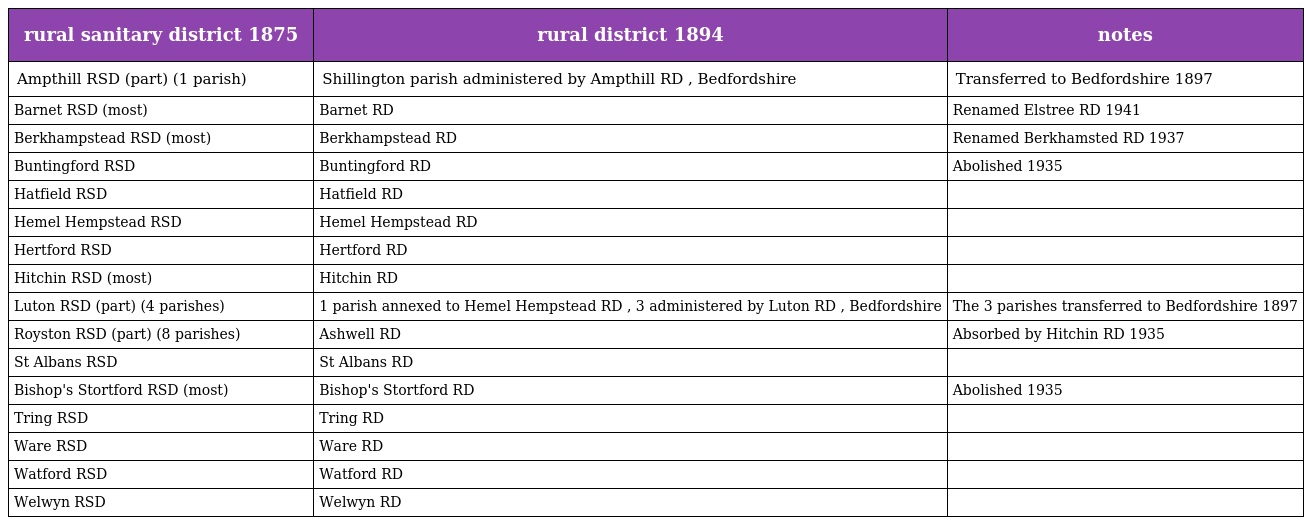
| rural sanitary district 1875 | rural district 1894 | notes |
 | --- | --- | --- |
 | Ampthill RSD (part) (1 parish) | Shillington parish administered by Ampthill RD , Bedfordshire | Transferred to Bedfordshire 1897 |
 | Barnet RSD (most) | Barnet RD | Renamed Elstree RD 1941 |
 | Berkhampstead RSD (most) | Berkhampstead RD | Renamed Berkhamsted RD 1937 |
 | Buntingford RSD | Buntingford RD | Abolished 1935 |
 | Hatfield RSD | Hatfield RD |  |
 | Hemel Hempstead RSD | Hemel Hempstead RD |  |
 | Hertford RSD | Hertford RD |  |
 | Hitchin RSD (most) | Hitchin RD |  |
 | Luton RSD (part) (4 parishes) | 1 parish annexed to Hemel Hempstead RD , 3 administered by Luton RD , Bedfordshire | The 3 parishes transferred to Bedfordshire 1897 |
 | Royston RSD (part) (8 parishes) | Ashwell RD | Absorbed by Hitchin RD 1935 |
 | St Albans RSD | St Albans RD |  |
 | Bishop's Stortford RSD (most) | Bishop's Stortford RD | Abolished 1935 |
 | Tring RSD | Tring RD |  |
 | Ware RSD | Ware RD |  |
 | Watford RSD | Watford RD |  |
 | Welwyn RSD | Welwyn RD |  |